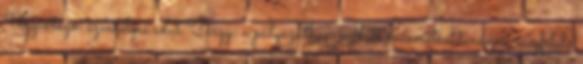
Ügyintéző: személyes adat Tárgy: a pályázatban vállalt műsorstruktúrának megfelelő